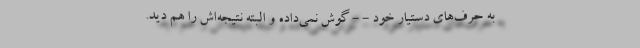
به حرف‌های دستیار خود - - گوش نمی‌داده و البته نتیجه‌اش را هم دید.